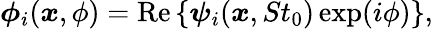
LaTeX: \boldsymbol{\phi}_{i}(\boldsymbol{x},\phi)=\mathrm{Re}\left\{ \boldsymbol{\psi}_{i}(\boldsymbol{x},St_{0})\exp(i\phi)\right\} ,